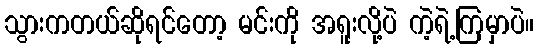
သွားကတယ်ဆိုရင်တော့ မင်းကို အရူးလို့ပဲ ကဲ့ရဲ့ကြမှာပဲ။